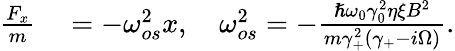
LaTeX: \begin{array}{rl}{\frac{F_{x}}{m}}&{{}=-\omega_{os}^{2}x,\quad\omega_{os}^{2}=-\frac{\hslash\omega_{0}\gamma_{0}^{2}\eta\xi B^{2}}{m\gamma_{+}^{2}(\gamma_{+}-i\Omega)}.}\end{array}